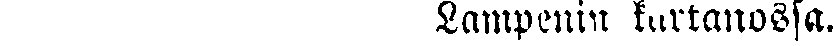
Lampenin kartanossa.